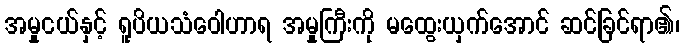
အမှုငယ်နှင့် ရူပိယသံဝေါဟာရ အမှုကြီးကို မထွေးယှက်အောင် ဆင်ခြင်ရာ၏၊